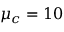
\mu _ { c } = 1 0